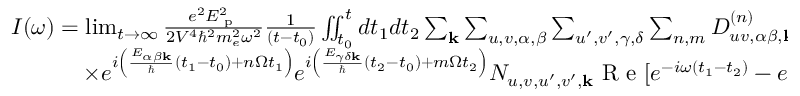
\begin{array} { r } { I ( \omega ) = \operatorname* { l i m } _ { t \rightarrow \infty } \frac { e ^ { 2 } E _ { \textrm { p } } ^ { 2 } } { 2 V ^ { 4 } \hbar ^ { 2 } m _ { e } ^ { 2 } \omega ^ { 2 } } \frac { 1 } { ( t - t _ { 0 } ) } \iint _ { t _ { 0 } } ^ { t } d t _ { 1 } d t _ { 2 } \sum _ { \mathbf { k } } \sum _ { u , v , \alpha , \beta } \sum _ { u ^ { \prime } , v ^ { \prime } , \gamma , \delta } \sum _ { n , m } D _ { u v , \alpha \beta , \mathbf { k } } ^ { ( n ) } D _ { u ^ { \prime } v ^ { \prime } , \gamma \delta , \mathbf { k } } ^ { ( m ) } } \\ { \times e ^ { i \left( \frac { E _ { \alpha \beta \mathbf { k } } } { \hbar } ( t _ { 1 } - t _ { 0 } ) + n \Omega t _ { 1 } \right) } e ^ { i \left( \frac { E _ { \gamma \delta \mathbf { k } } } { \hbar } ( t _ { 2 } - t _ { 0 } ) + m \Omega t _ { 2 } \right) } N _ { u , v , u ^ { \prime } , v ^ { \prime } , \mathbf { k } } \textrm { R e } [ e ^ { - i \omega ( t _ { 1 } - t _ { 2 } ) } - e ^ { - i \omega ( t _ { 1 } + t _ { 2 } ) } ] . } \end{array}